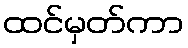
ထင်မှတ်ကာ